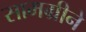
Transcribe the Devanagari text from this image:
सामग्रीने